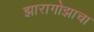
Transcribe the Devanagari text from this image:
झारागोझाचा